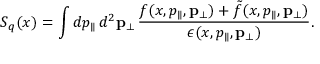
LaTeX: S _ { q } ( x ) = \int d p _ { \parallel } \, d ^ { 2 } { \bf p } _ { \perp } \, \frac { f ( x , p _ { \parallel } , { \bf p } _ { \perp } ) + \tilde { f } ( x , p _ { \parallel } , { \bf p } _ { \perp } ) } { \epsilon ( x , p _ { \parallel } , { \bf p } _ { \perp } ) } .